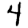
Digit: 4